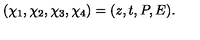
\left( \chi _ { 1 } , \chi _ { 2 } , \chi _ { 3 } , \chi _ { 4 } \right) = ( z , t , P , E ) .